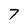
Character: 7